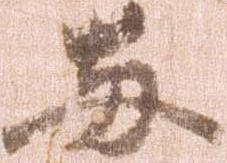
両